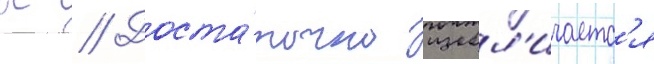
К // Доста́точно изобл'ичаетс'я